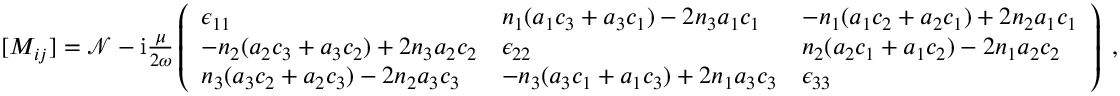
\begin{array} { r } { [ M _ { i j } ] = \mathcal { N } - \mathrm { i } \frac { \mu } { 2 \omega } \left( \begin{array} { l l l } { \epsilon _ { 1 1 } } & { n _ { 1 } ( a _ { 1 } c _ { 3 } + a _ { 3 } c _ { 1 } ) - 2 n _ { 3 } a _ { 1 } c _ { 1 } } & { - n _ { 1 } ( a _ { 1 } c _ { 2 } + a _ { 2 } c _ { 1 } ) + 2 n _ { 2 } a _ { 1 } c _ { 1 } } \\ { - n _ { 2 } ( a _ { 2 } c _ { 3 } + a _ { 3 } c _ { 2 } ) + 2 n _ { 3 } a _ { 2 } c _ { 2 } } & { \epsilon _ { 2 2 } } & { n _ { 2 } ( a _ { 2 } c _ { 1 } + a _ { 1 } c _ { 2 } ) - 2 n _ { 1 } a _ { 2 } c _ { 2 } } \\ { n _ { 3 } ( a _ { 3 } c _ { 2 } + a _ { 2 } c _ { 3 } ) - 2 n _ { 2 } a _ { 3 } c _ { 3 } } & { - n _ { 3 } ( a _ { 3 } c _ { 1 } + a _ { 1 } c _ { 3 } ) + 2 n _ { 1 } a _ { 3 } c _ { 3 } } & { \epsilon _ { 3 3 } } \end{array} \right) \; , } \end{array}